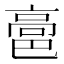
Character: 䯩